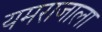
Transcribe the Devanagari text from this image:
यमराजाला